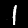
Label: 1